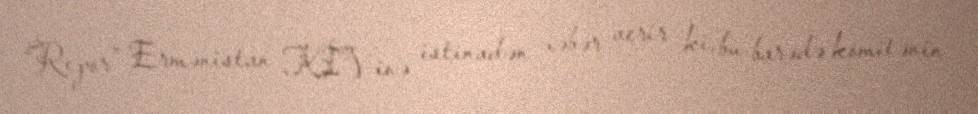
“Repor” Ermənistan KİV-inə istinadən xəbər verir ki, bu barədə komitənin